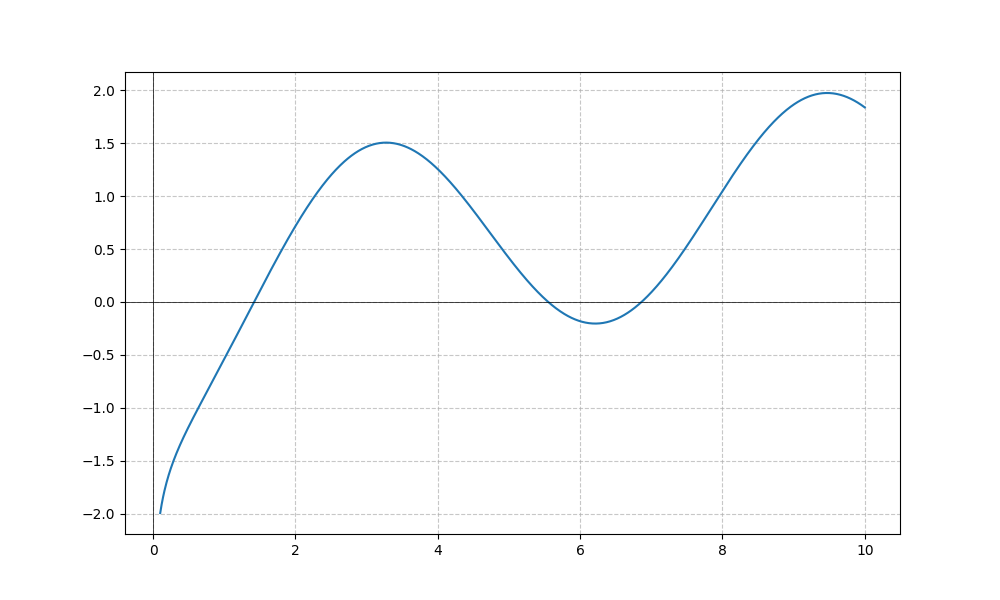
LaTeX formula: \frac{\log{\left(x \right)}}{\log{\left(10 \right)}} - \cos{\left(x \right)}